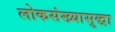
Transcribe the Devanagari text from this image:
लोकसंख्यासुद्धा